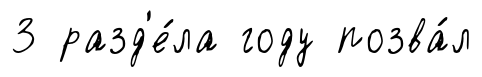
3 разд'е́ла году позва́л